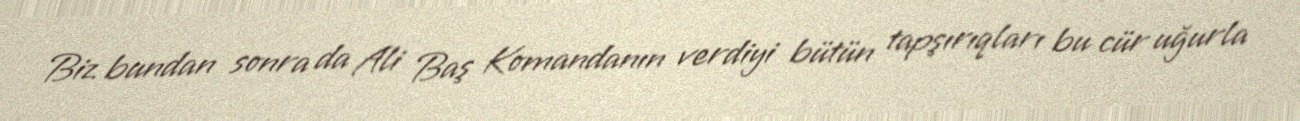
Biz bundan sonra da Ali Baş Komandanın verdiyi bütün tapşırıqları bu cür uğurla